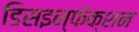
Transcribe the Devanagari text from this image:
डिसइन्फेक्शन